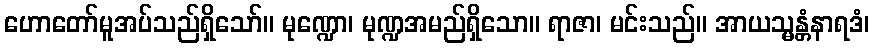
ဟောတော်မူအပ်သည်ရှိသော်။ မုဏ္ဍော၊ မုဏ္ဍအမည်ရှိသော။ ရာဇာ၊ မင်းသည်။ အာယသ္မန္တံနာရဒံ၊